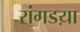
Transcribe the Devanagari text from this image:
रांगडय़ा